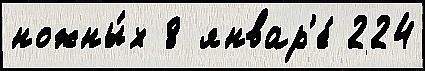
ножны́х 8 январ'е́ 224